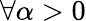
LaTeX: \forall\alpha>0